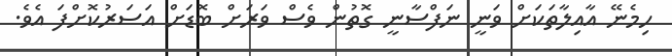
ހިމެނޭ އާއިލާތަކަށް ވަނީ ނަފްސާނީ ގޮތުން ވެސް ވަރަށް ބޮޑަށް އަސަރުކޮށްފަ އެވެ.